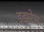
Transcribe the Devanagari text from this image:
इझरेल